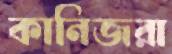
কানিজরা